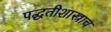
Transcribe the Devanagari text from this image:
पद्धतीशास्त्राच